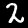
Digit: 2